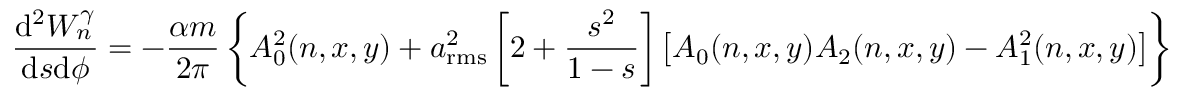
\frac { \mathrm { d } ^ { 2 } W _ { n } ^ { \gamma } } { \mathrm { d } s \mathrm { d } \phi } = - \frac { \alpha m } { 2 \pi } \left\{ A _ { 0 } ^ { 2 } ( n , x , y ) + a _ { \mathrm { r m s } } ^ { 2 } \left[ 2 + \frac { s ^ { 2 } } { 1 - s } \right] \left[ A _ { 0 } ( n , x , y ) A _ { 2 } ( n , x , y ) - A _ { 1 } ^ { 2 } ( n , x , y ) \right] \right\}